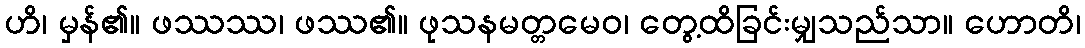
ဟိ၊ မှန်၏။ ဖဿဿ၊ ဖဿ၏။ ဖုသနမတ္တမေဝ၊ တွေ့ထိခြင်းမျှသည်သာ။ ဟောတိ၊